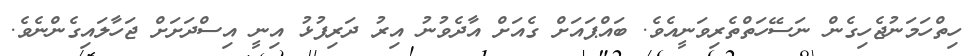
ހިތްހަމަނުޖެހިގެން ނަސޭހަތްތެރިވަނީއެވެ. ބައްޕައަށް ގެއަށް އާދެވުނު އިރު ދަރިފުޅު އިނީ އިސްދަށަށް ޖަހާލައިގެންނެވެ.